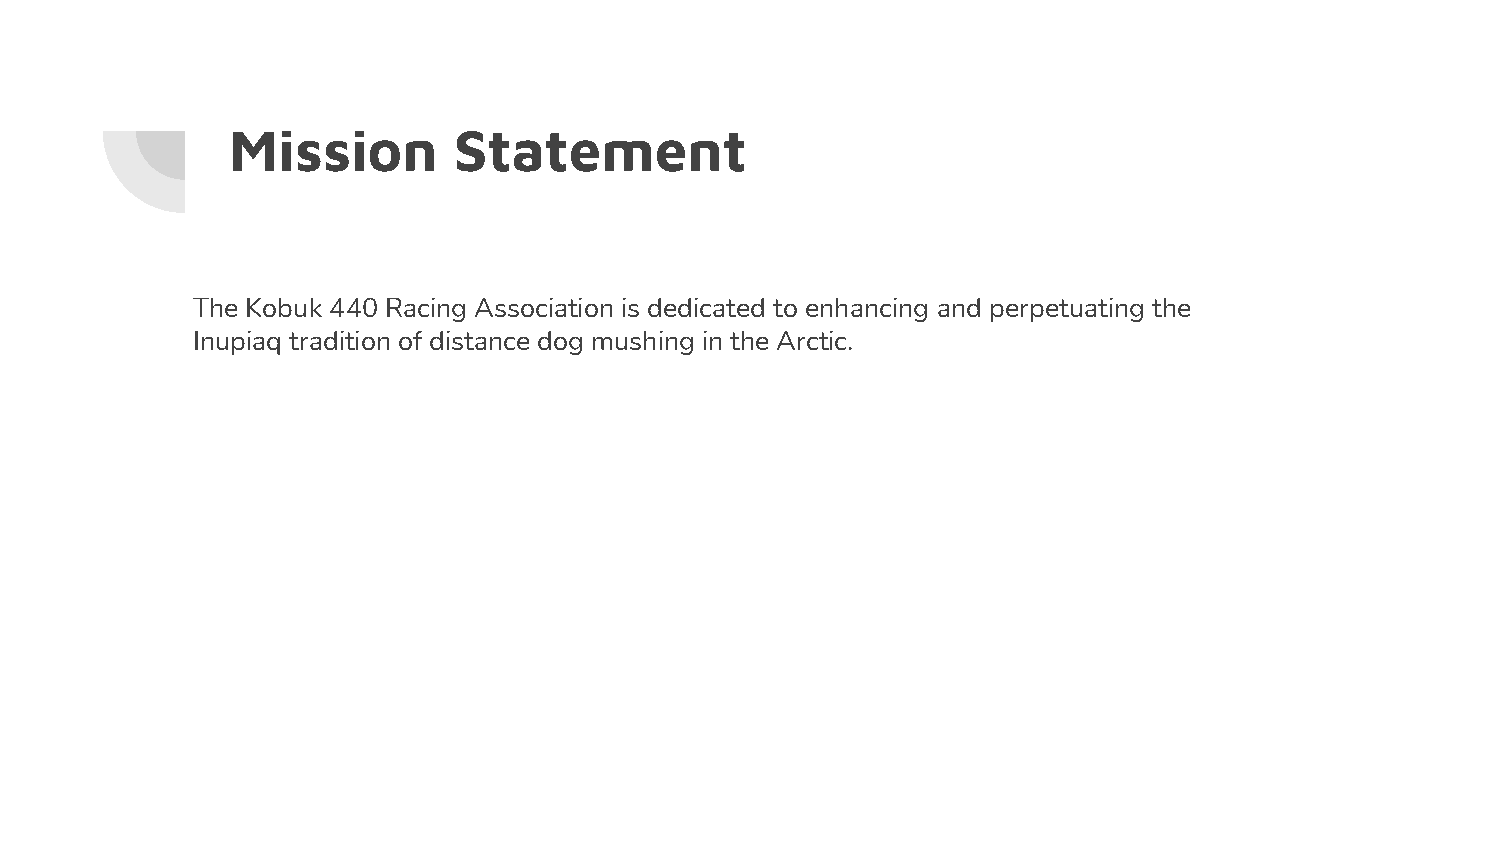
Mission        Statement
 The Kobuk 440 Racing Association is dedicated to enhancing and perpetuating the
 Inupiaq tradition of distance dog mushing in the Arctic.